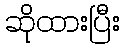
ဆိုထားပြီး